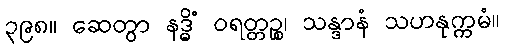
၃၉၈။ ဆေတွာ နဒ္ဓိံ ဝရတ္တဉ္စ၊ သန္ဒာနံ သဟနုက္ကမံ။